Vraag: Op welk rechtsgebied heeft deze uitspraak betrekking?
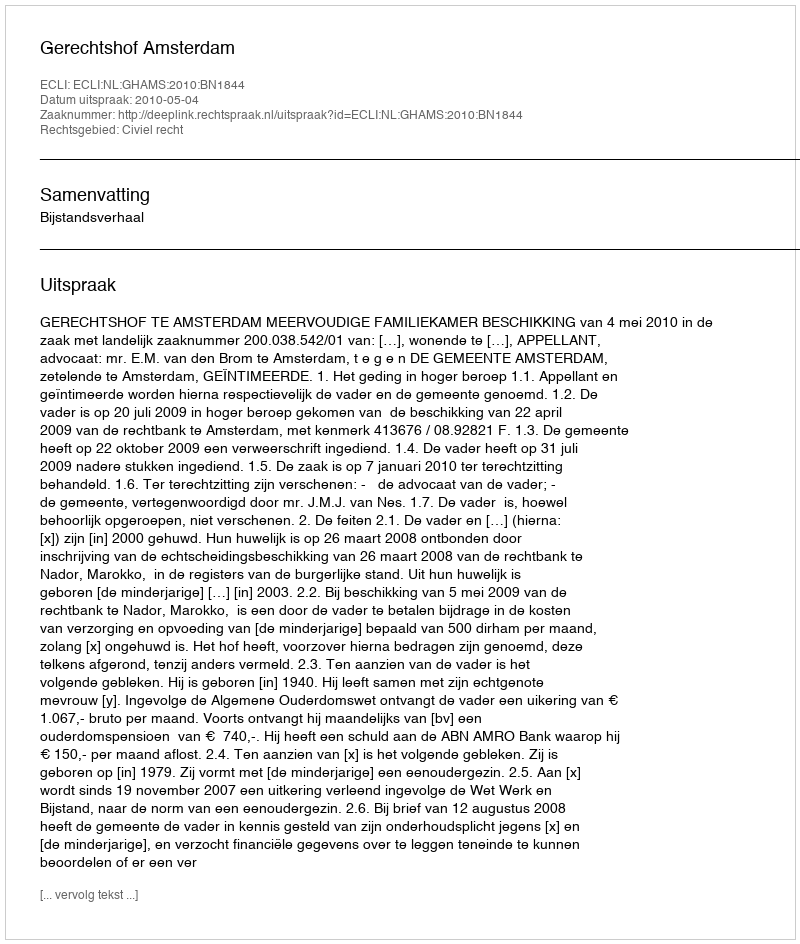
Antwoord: Civiel recht